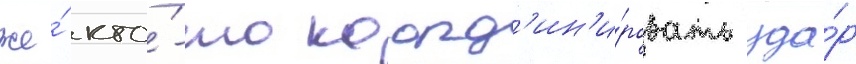
же́ кто́-то коорд'ин'и́ровать уда́р